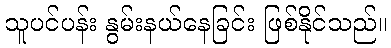
သူပင်ပန်း နွမ်းနယ်နေခြင်း ဖြစ်နိုင်သည်။